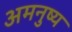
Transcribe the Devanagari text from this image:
अमनुष्य